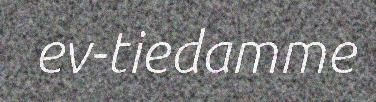
ev-tiedamme